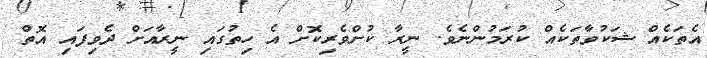
އެތަކެއް ޝަކުވާތަކެއް ކުރަމުންނެވެ. ނީރާ ކުށްވެރިކޮށް އެ ހިތުގައި ނީރާއަށް ދެވިފައި އޮތް